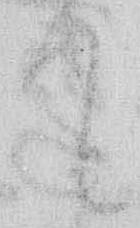
て